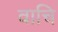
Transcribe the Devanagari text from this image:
वाचि